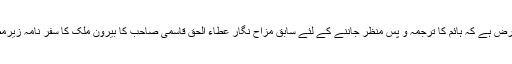
جملۂ معترضہ کے طور پر عرض ہے کہ ہائم کا ترجمہ و پس منظر جاننے کے لئے سابق مزاح نگار عطاء الحق قاسمی صاحب کا بیرونِ ملک کا سفر نامہ زیرِمطالعہ لائیں، انشاءاللہ فائده ھوگا۔